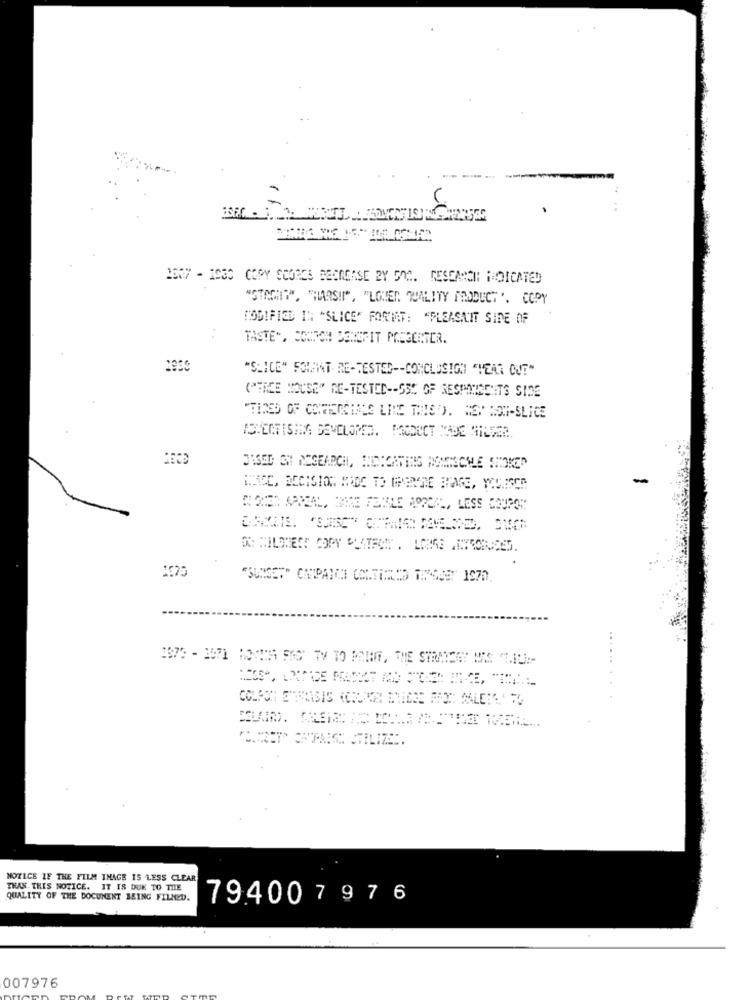
2667 - 1080 COPY SCORES BECACASE 2Y GnC. RESEARCH: HOICATED
"STACHIT", "HARSIT", "LOVEN QUALITY PRODUCT ". COPY
MODIFICE IN "SLICE" FORMAT: "PLEASAIT SIDE OF
TASTE", CONTOH BENEFIT POSGENTER.
"SLICE" FOIANNT RE-TESTED -- CONCLUSION "HEAR QUE"
("TREE HOUSE" RE-TESTED -- SSC OF RESHMNAENTS SIDE
"TIRED OF CONFIERGIRLS LIKE THIS '). MEN NON-SLICE
SOCCER APPEAL, TRE FENILE BOREAL, LESS COUPON
1975
..
3373 - 3071 HOW39 FIG TV TO POINT, THE STRATEGY W'S TIUM-
NOTICE IF THE FILM INAGE IS LESS CLEAR
THAN. THIS NOTICE. IT IS DUE TO THE
QUALITY OF THE DOCUMENT BEING FILLED.
794007976
007976